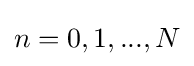
n=0,1,...,N